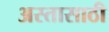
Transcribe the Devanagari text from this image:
अस्तासाठी